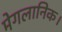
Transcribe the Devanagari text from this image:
मेगलानिक।